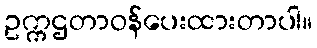
ဥက္ကဌတာဝန်ပေးထားတာပါ။